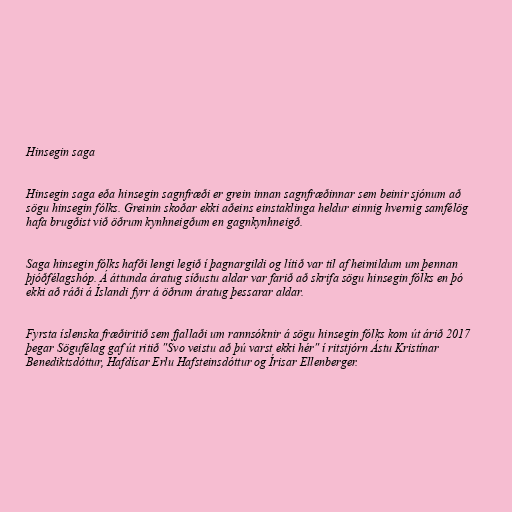
Hinsegin saga

Hinsegin saga eða hinsegin sagnfræði er grein innan sagnfræðinnar sem beinir sjónum að
sögu hinsegin fólks. Greinin skoðar ekki aðeins einstaklinga heldur einnig hvernig samfélög
hafa brugðist við öðrum kynhneigðum en gagnkynhneigð.

Saga hinsegin fólks hafði lengi legið í þagnargildi og lítið var til af heimildum um þennan
þjóðfélagshóp. Á áttunda áratug síðustu aldar var farið að skrifa sögu hinsegin fólks en þó
ekki að ráði á Íslandi fyrr á öðrum áratug þessarar aldar.

Fyrsta íslenska fræðiritið sem fjallaði um rannsóknir á sögu hinsegin fólks kom út árið 2017
þegar Sögufélag gaf út ritið "Svo veistu að þú varst ekki hér" í ritstjórn Ástu Kristínar
Benediktsdóttur, Hafdísar Erlu Hafsteinsdóttur og Írisar Ellenberger.